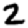
Digit: 2